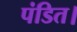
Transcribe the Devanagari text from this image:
पंडित।